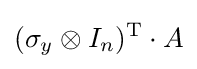
(\sigma _{y}\otimes I_{n})^{\mathrm {T} }\cdot A